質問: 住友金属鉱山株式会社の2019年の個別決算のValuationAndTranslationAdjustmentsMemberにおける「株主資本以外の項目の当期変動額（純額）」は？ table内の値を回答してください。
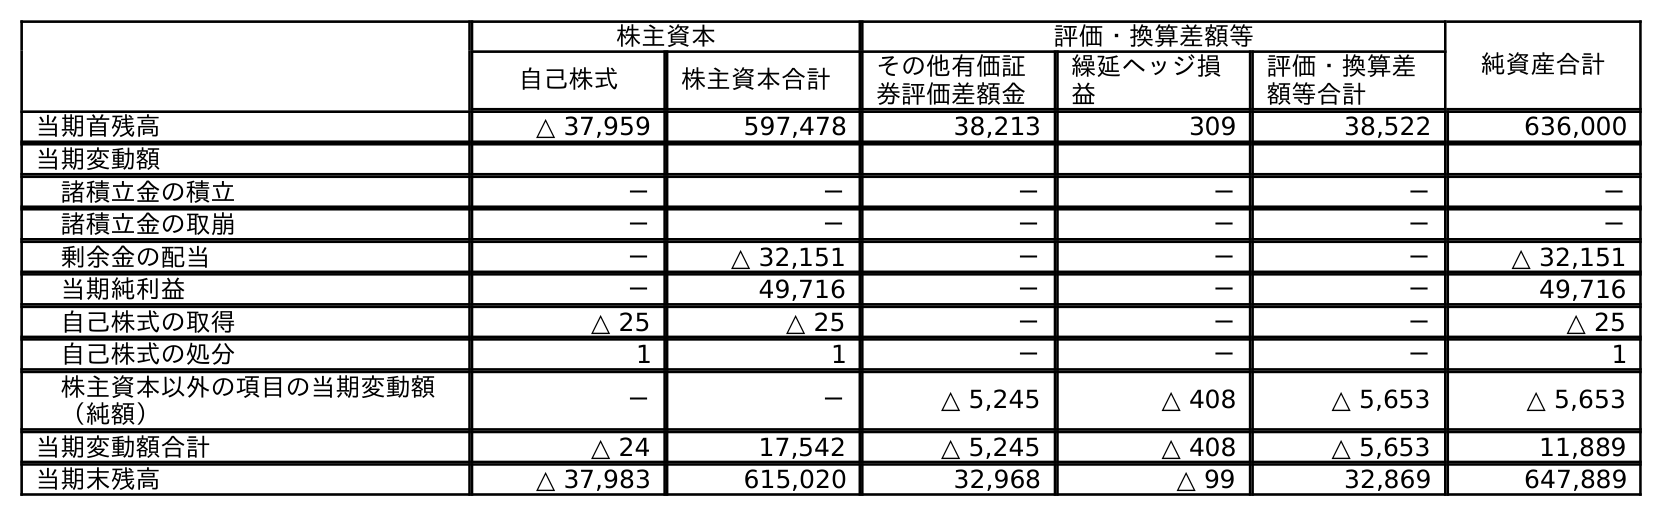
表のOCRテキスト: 株主資本 評価・換算差額等 純資産合計 自己株式 株主資本合計 その他有価証 券評価差額金 繰延ヘッジ損 益 評価・換算差 額等合計 当期首残高 △ 37,959 597,478 38,213 309 38,522 636,000 当期変動額 諸積立金の積立 － － － － － － 諸積立金の取崩 － － － － － － 剰余金の配当 － △ 32,151 － － － △ 32,151 当期純利益 － 49,716 － － － 49,716 自己株式の取得 △ 25 △ 25 － － － △ 25 自己株式の処分 1 1 － － － 1 株主資本以外の項目の当期変動額 （純額） － － △ 5,245 △ 408 △ 5,653 △ 5,653 当期変動額合計 △ 24 17,542 △ 5,245 △ 408 △ 5,653 11,889 当期末残高 △ 37,983 615,020 32,968 △ 99 32,869 647,889
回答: △5,653